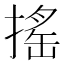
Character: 搖